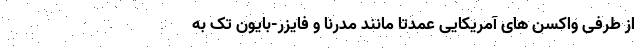
از طرفی واکسن های آمریکایی عمدتا مانند مدرنا و فایزر-بایون تک به